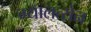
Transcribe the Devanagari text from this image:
ग्यालत्सेन